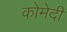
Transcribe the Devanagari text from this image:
कोमेदी